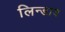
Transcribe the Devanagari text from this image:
लिन्डाव